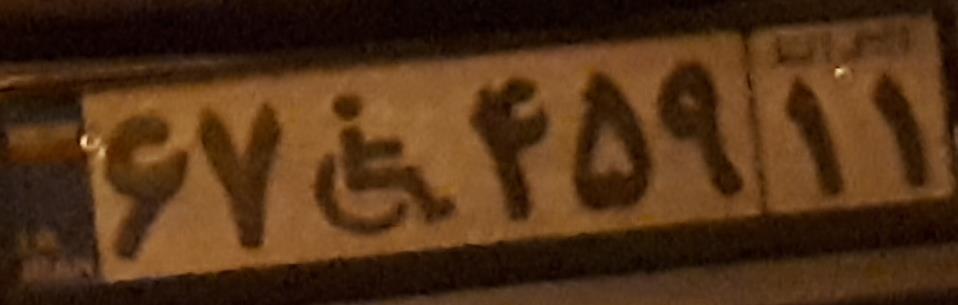
۶۷+۴۵۹۱۱